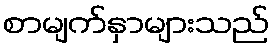
စာမျက်နှာများသည်